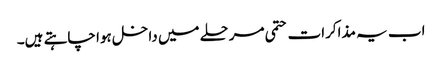
اب یہ مذاکرات حتمی مرحلے میں داخل ہوا چاہتے ہیں۔